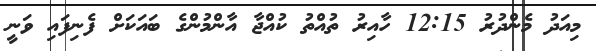
މިއަދު މެންދުރު 12:15 ހާއިރު ތުއްތު ކުއްޖާ އާންމުންގެ ބައަކަށް ފެނިފައި ވަނީ